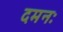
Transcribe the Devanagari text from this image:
दमनः